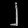
Digit: ၂